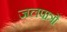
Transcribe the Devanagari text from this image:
जलपात्रों